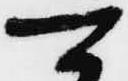
可